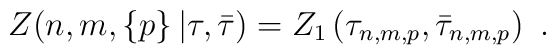
Z(n,m,\left\{p \right\}|\tau,\bar\tau) =Z_1\left(\tau_{n,m,p},\bar\tau_{n,m,p}\right)\,\,.